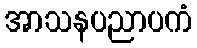
အာသနပညာပကံ